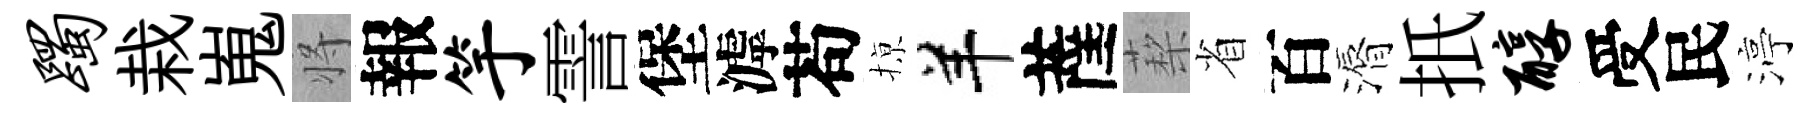
躅栽嵬将報竽霅堡滹苟𢱊羊薩蔾省百漘扺醇受民渟